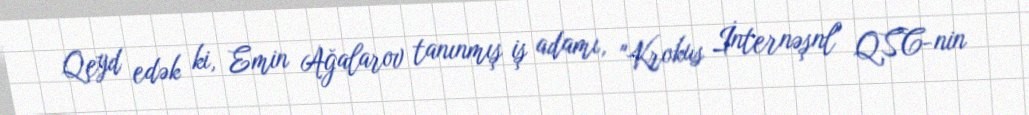
Qeyd edək ki, Emin Ağalarov tanınmış iş adamı, "Krokus İnternəşnl" QSC-nin